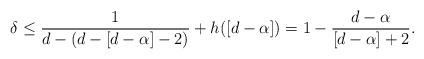
LaTeX: \begin{align*} \delta \le \frac{1}{d-(d-[d-\alpha]-2)} + h([d-\alpha]) = 1- \frac{d-\alpha}{[d-\alpha]+2}. \end{align*}